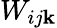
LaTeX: W_{ij\mathbf{k}}